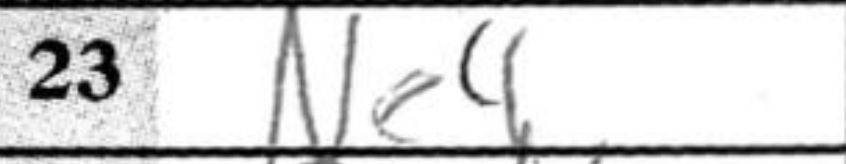
Transcription: Ne4